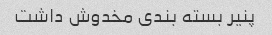
پنیر بسته بندی مخدوش داشت